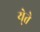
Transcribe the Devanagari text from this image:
ये्ते